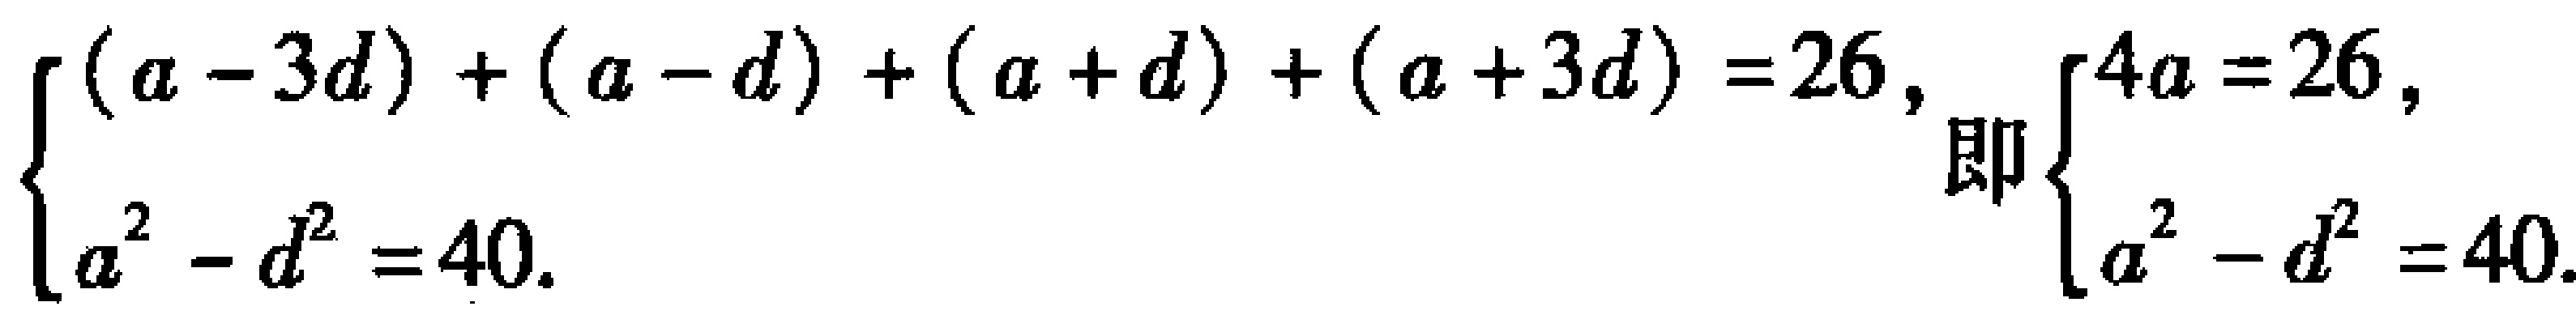
\(\begin{cases}(a - 3d)+(a - d)+(a + d)+(a + 3d)=26,\\a^{2}-d^{2}=40.\end{cases}\) 即\(\begin{cases}4a = 26,\\a^{2}-d^{2}=40.\end{cases}\)